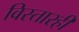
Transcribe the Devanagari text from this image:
विस्तारही